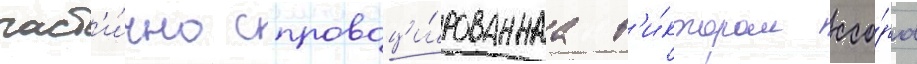
част'и́чно спровоци́рованнаа в'и́ктором ссо́ра